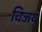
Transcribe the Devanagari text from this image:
विजय